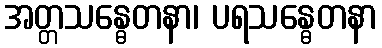
အတ္တသန္ဓေတနာ၊ ပရသန္ဓေတနာ